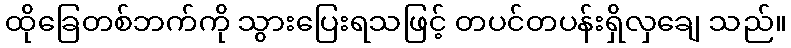
ထိုခြေတစ်ဘက်ကို သွားပြေးရသဖြင့် တပင်တပန်းရှိလှချေ သည်။